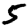
Digit: 5